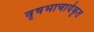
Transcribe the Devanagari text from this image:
वृषभाचार्यकृत